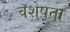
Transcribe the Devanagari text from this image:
वशेषता